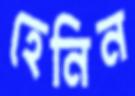
হেনিন